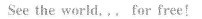
See the world, .. For free!